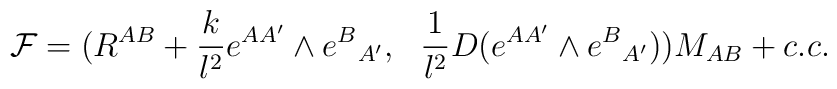
{\cal F} =(R^{AB} + {k\over l^2} e^{AA'}\wedge e^B{}_{A'},~~ {1\over l^2}D (e^{AA'}\wedge e^B{}_{A'}) ) M_{AB} +c.c.